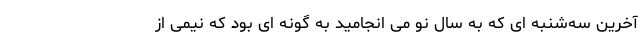
آخرین سه‌شنبه ای که به سال نو می انجامید به گونه ای بود که نیمی از